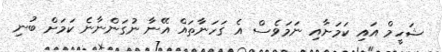
ޝަހީމް އައި ކަމަށާއި ނަމަވެސް އެ ގަހަނާތައް އޭނާ ނުގަންނާނެ ކަމަށް ބުނި